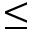
\leq